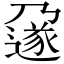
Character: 𬩄